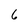
Character: 6